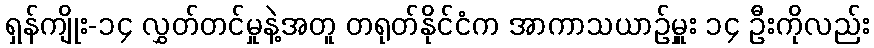
ရှန်ကျိုး-၁၄ လွှတ်တင်မှုနဲ့အတူ တရုတ်နိုင်ငံက အာကာသယာဉ်မှူး ၁၄ ဦးကိုလည်း